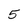
Character: 5